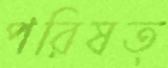
পরিষত্